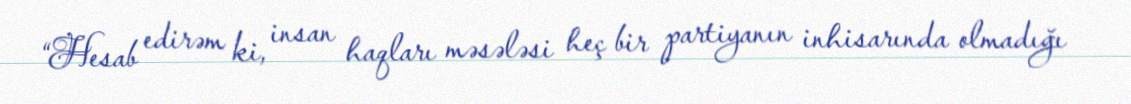
“Hesab edirəm ki, insan haqları məsələsi heç bir partiyanın inhisarında olmadığı